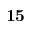
\mathbf { 1 5 }